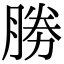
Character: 勝